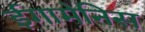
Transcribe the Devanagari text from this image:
ईगामेनिस